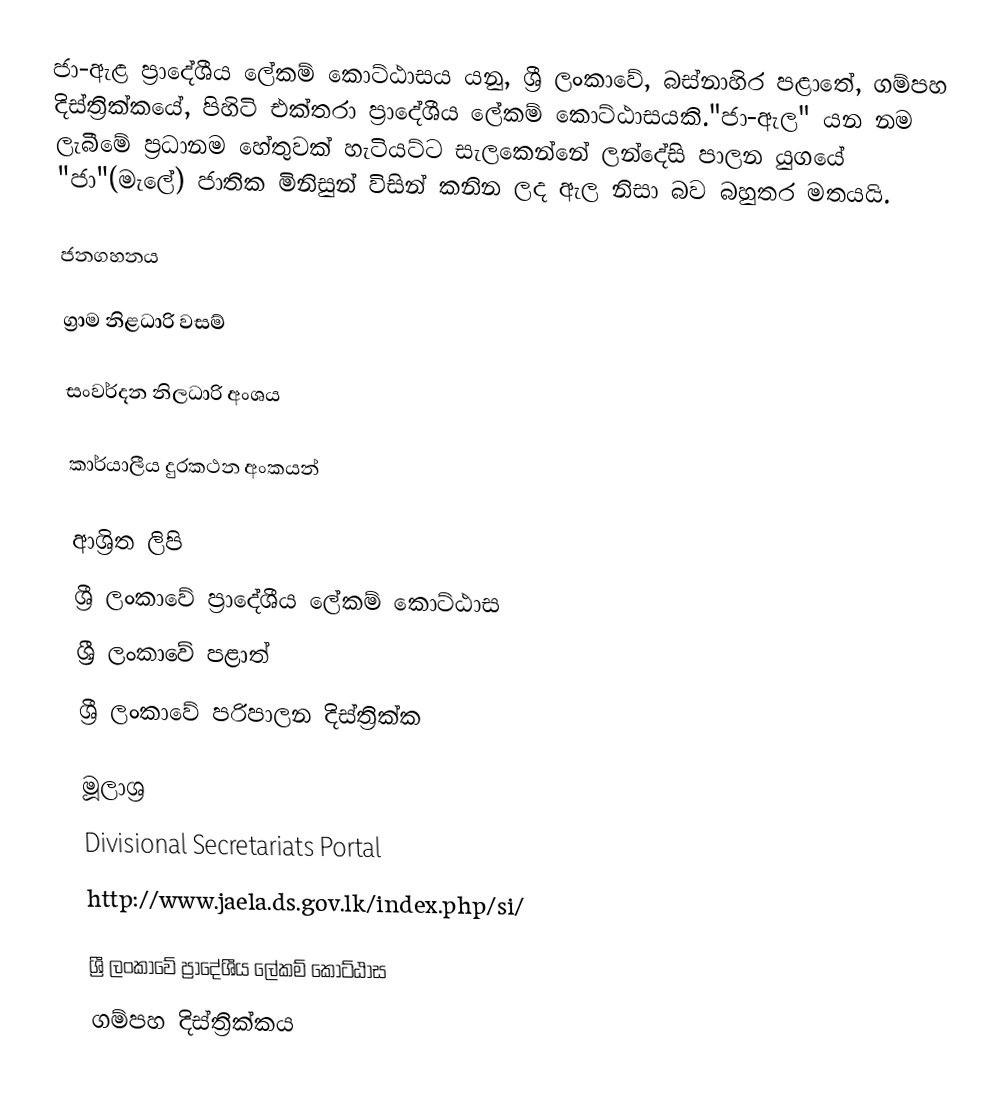
ජා-ඇළ ප්‍රාදේශීය ලේකම් කොට්ඨාසය යනු,  ශ්‍රී ලංකාවේ, බස්නාහිර පළාතේ,   ගම්පහ දිස්ත්‍රික්කයේ, පිහිටි එක්තරා ප්‍රාදේශීය ලේකම් කොට්ඨාසයකි."ජා-ඇල" යන නම ලැබීමේ ප්‍රධානම හේතුවක් හැටියට්ට සැලකෙන්නේ ලන්දේසි පාලන යුගයේ "ජා"(මැලේ) ජාතික මිනිසුන් විසින් කනින ලද ඇල නිසා බව බහුතර මතයයි.

ජනගහනය

ග්‍රාම නිළධාරි වසම්

සංවර්දන නිලධාරි අංශය

කාර්යාලීය දුරකථන අංකයන්

ආශ්‍රිත ලිපි
ශ්‍රී ලංකාවේ ප්‍රාදේශීය ලේකම් කොට්ඨාස
ශ්‍රී ලංකාවේ පළාත්
ශ්‍රී ලංකාවේ පරිපාලන දිස්ත්‍රික්ක

මූලාශ්‍ර
 Divisional Secretariats Portal
http://www.jaela.ds.gov.lk/index.php/si/

ශ්‍රී ලංකාවේ ප්‍රාදේශීය ලේකම් කොට්ඨාස
ගම්පහ දිස්ත්‍රික්කය